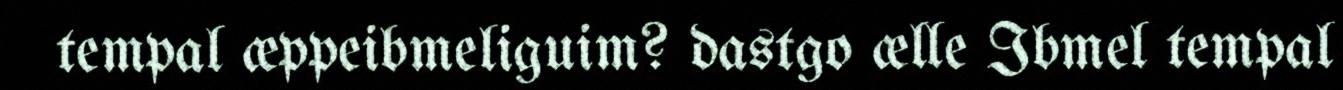
tempal æppeibmeliguim? dastgo ælle Ibmel tempal